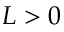
L > 0